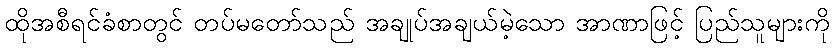
ထိုအစီရင်ခံစာတွင် တပ်မတော်သည် အချုပ်အချယ်မဲ့သော အာဏာဖြင့် ပြည်သူများကို